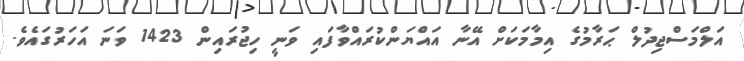
އަލްމަސްޖިދުލް ޙަރާމުގެ އިމާމަކަށް އޭނާ އައްޔަންކުރައްވާފައި ވަނީ ހިޖުރައިން 1423 ވަނަ އަހަރުގައެވެ.